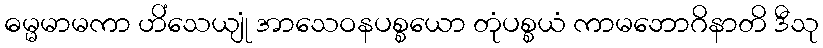
ဓမ္မမာမကာ ဟိံသေယျုံ အာသေဝနပစ္စယော တုံပစ္စယံ ကာမဘောဂိနာတိ ဒီသု